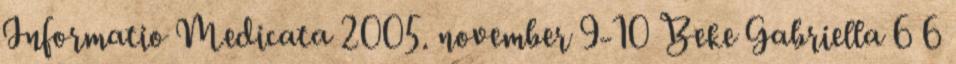
Informatio Medicata 2005. november 9-10 Beke Gabriella 6 6